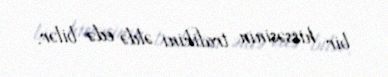
bir hissəsinin trafikini əldə edə bilər.